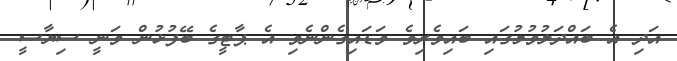
އަދި އެ ބައްދަލުވުމުގައި ބައިވެރިވެ ވަޑައިގެންނެވި އެ ޕާޓީގެ ބޭފުޅުން ވަނީ ސިޔާސީ